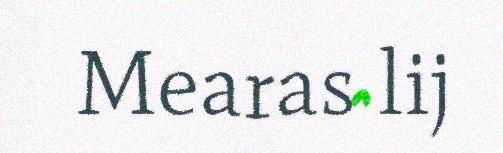
Mearas lij